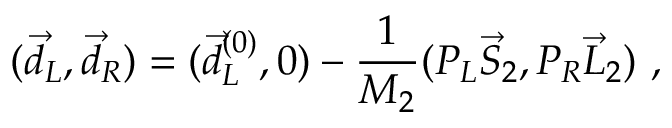
( \vec { d } _ { L } , \vec { d } _ { R } ) = ( \vec { d } _ { L } ^ { ( 0 ) } , 0 ) - { \frac { 1 } { M _ { 2 } } } ( P _ { L } \vec { S } _ { 2 } , P _ { R } \vec { L } _ { 2 } ) \ ,